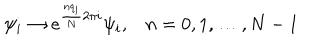
\psi _ { i } \to e ^ { \frac { n q _ { i } } { N } 2 \pi i } \psi _ { i } , n = 0 , 1 , \ldots , N - 1